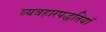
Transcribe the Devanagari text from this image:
व्यवहारपद्धतियाँ